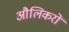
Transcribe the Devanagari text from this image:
औलिकरों